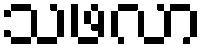
သဖလာ